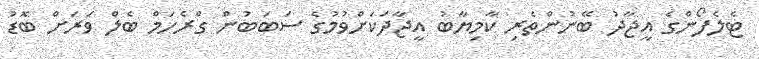
ޓެލެފޯންގެ އީޖާދު ބޭނުންތެރި ކާމިޔާބު އީޖާދަކަށްވުމުގެ ސަބަބުން ގްރެހަމް ބެލް ވަރަށް ބޮޑު